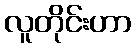
လူတိုင်းဟာ